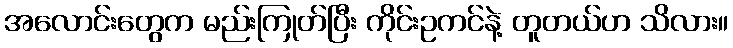
အလောင်းတွေက မည်းကြုတ်ပြီး ကိုင်းဥကင်နဲ့ တူတယ်ဟ သိလား။